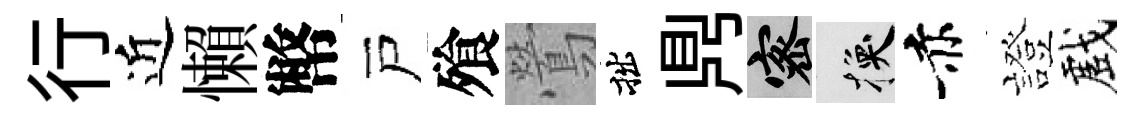
行近懶幣戸飱鶯拙𪔂密换赤證戲